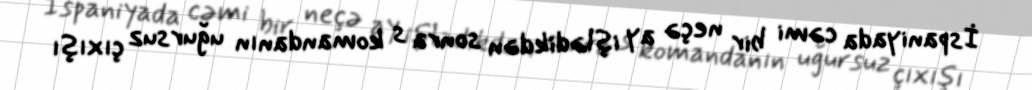
İspaniyada cəmi bir neçə ay işlədikdən sonra s komandanın uğursuz çıxışı